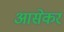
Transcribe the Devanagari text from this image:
आसेकर